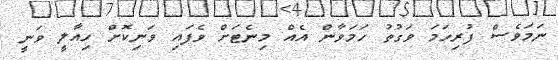
ނަމަވެސް ފުރިހަމަ ވަގުތު ހަމަވާން އެއް މިނެޓަށް ވެފައި ވަނިކޮށް ހިއާލީ ވަނީ